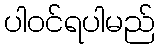
ပါဝင်ရပါမည်